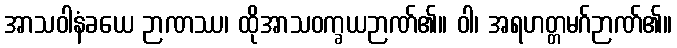
အာသဝါနံခယေ ဉာဏဿ၊ ထိုအာသဝက္ခယဉာဏ်၏။ ဝါ၊ အရဟတ္တမဂ်ဉာဏ်၏။